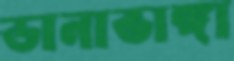
ডানাভাঙ্গা